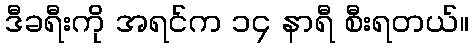
ဒီခရီးကို အရင်က ၁၄ နာရီ စီးရတယ်။